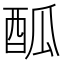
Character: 𨠋